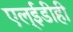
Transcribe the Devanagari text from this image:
एल्‌ईडीही